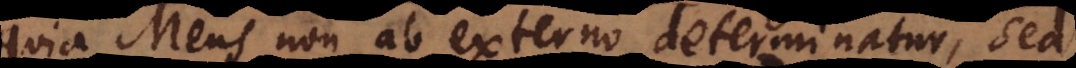
quia Mens non ab externo determinatur, sed